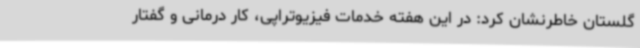
گلستان خاطرنشان کرد: در این هفته خدمات فیزیوتراپی، کار درمانی و گفتار